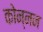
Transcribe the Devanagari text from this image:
कोन्नन